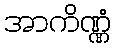
အာကိဏ္ဏံ